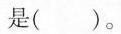
是( )。